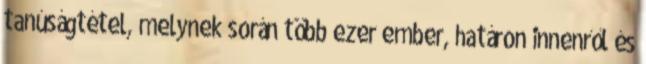
tanúságtétel, melynek során több ezer ember, határon innenről és